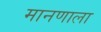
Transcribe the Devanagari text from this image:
मानणाला